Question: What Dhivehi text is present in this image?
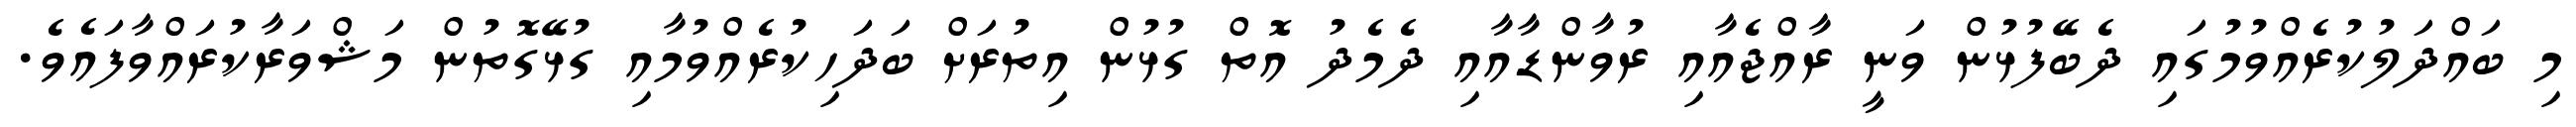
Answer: މި ބައްދަލުކުރެއްވުމުގައި ދެބޭފުޅުން ވަނީ ރާއްޖެއާއި ރުވާންޑާއާއި ދެމެދު އޮތް ގުޅުން އިތުރަށް ބަދަހިކުރެއްވުމާއި ގުޅޭގޮތުން މަޝްވަރާކުރައްވާފައެވެ.